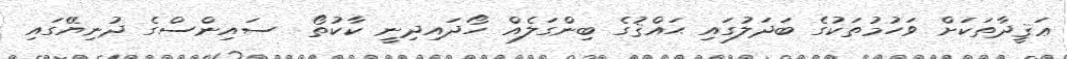
ޢަޤީދާތަކަށް ވަހުމުތަކުގެ ބަދަލުގައި ޙައްޤުގެ ބިންގަލެއް ހޯދައިދިނީ ކާކުތޯ  ސައިންސްގެ ދުނިޔޭގައި